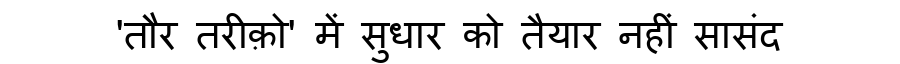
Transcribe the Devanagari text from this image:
'तौर तरीक़ो' में सुधार को तैयार नहीं सासंद